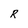
Character: R